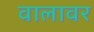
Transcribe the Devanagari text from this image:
वालावर